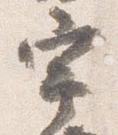
宇